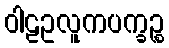
ဝါဠဥလူကပက္ခဉ္စ